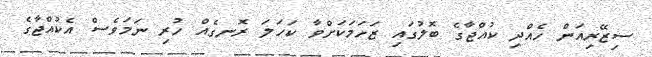
ސިޒޭރިއަން ހެއްދި ކުއްޖާގެ ބޮލުގައި ޒަހަމަކަށްވާ ކަހަލަ ރޮނގެއް ހުރި ނަމަވެސް އެކުއްޖާގެ